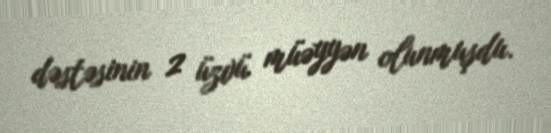
dəstəsinin 2 üzvü müəyyən olunmuşdu.